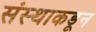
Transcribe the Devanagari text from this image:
संस्थाकडून